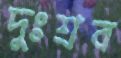
দুঃশ্রব